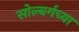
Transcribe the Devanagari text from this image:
सोल्बर्गच्या